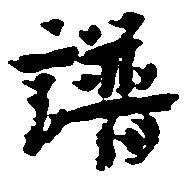
譜